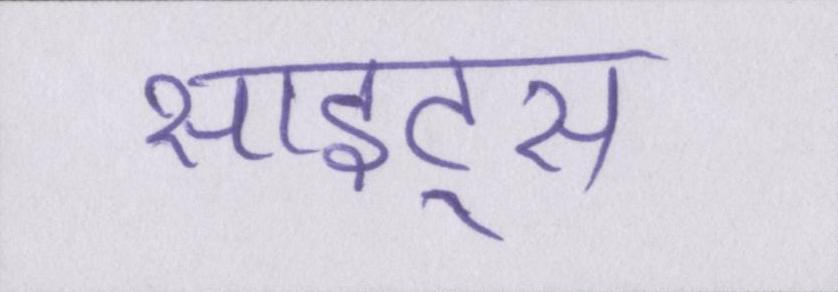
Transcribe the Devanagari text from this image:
साइट्स